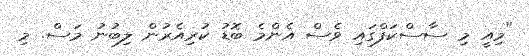
"މިއީ މި ސާސްކަފްގައި ވެސް އެންމެ ބޮޑު ކުރިއެރުން ލިބުނު މަސް. މި